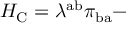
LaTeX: { \cal H } _ { \mathrm { C } } = \lambda ^ { \mathrm { a b } } \pi _ { \mathrm { b a } } -